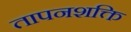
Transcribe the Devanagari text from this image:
तापनशक्ति